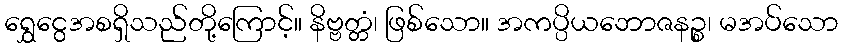
ရွှေငွေအစရှိသည်တို့ကြောင့်။ နိဗ္ဗတ္တံ၊ ဖြစ်သော။ အကပ္ပိယဘောဇနဉ္စ၊ မအပ်သော